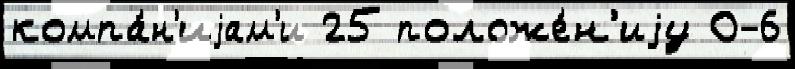
компа́н'иjам'и 25 положе́н'иjу 0-6